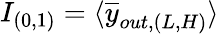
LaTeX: I_{(0,1)}=\langle\overline{{y}}_{out,(L,H)}\rangle